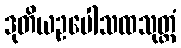
ဒုတိယဥပေါသထသုတ္တံ